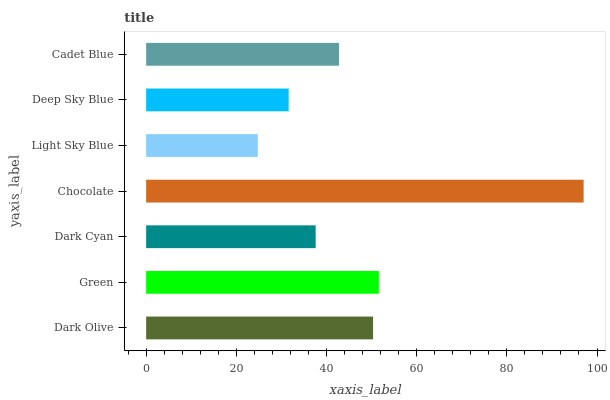
| yaxis_label | bars |
 | --- | --- |
 | Dark Olive | 50.3 |
 | Green | 51.6 |
 | Dark Cyan | 37.6 |
 | Chocolate | 97 |
 | Light Sky Blue | 24.8 |
 | Deep Sky Blue | 31.6 |
 | Cadet Blue | 42.8 |